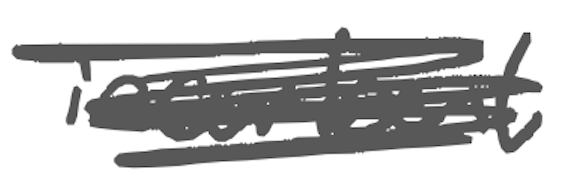
Text: incumbent
Cross-out: mix
Writing tool: digital_gray